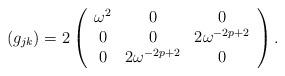
LaTeX: \begin{align*}(g_{jk}) = 2 \left( \begin{array}{ccc}\omega^2 & 0 & 0 \\0& 0 & 2\omega^{-2p+2}\\0 & 2\omega^{-2p+2} & 0 \end{array} \right). \end{align*}